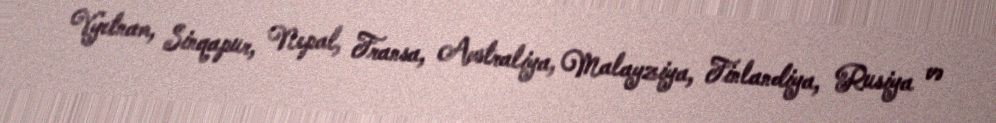
Vyetnam, Sinqapur, Nepal, Fransa, Avstraliya, Malayziya, Finlandiya, Rusiya və